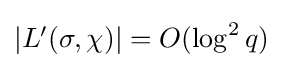
{\textstyle |L'(\sigma ,\chi )|=O(\log ^{2}q)}